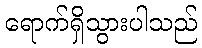
ရောက်ရှိသွားပါသည်